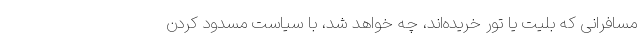
مسافرانی که بلیت یا تور خریده‌اند، چه خواهد شد، با سیاست مسدود کردن